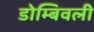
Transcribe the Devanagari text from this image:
डोम्बिवली